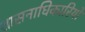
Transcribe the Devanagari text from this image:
शासनाधिकारियों